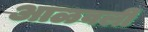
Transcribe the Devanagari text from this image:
आळवली